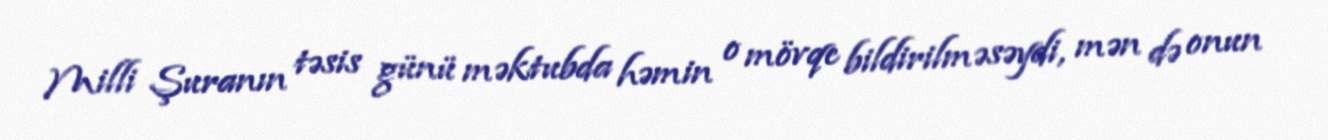
Milli Şuranın təsis günü məktubda həmin o mövqe bildirilməsəydi, mən də onun